Annual administration report of the Civil Veterinary Department of India - 1899-1900
Year: 1899
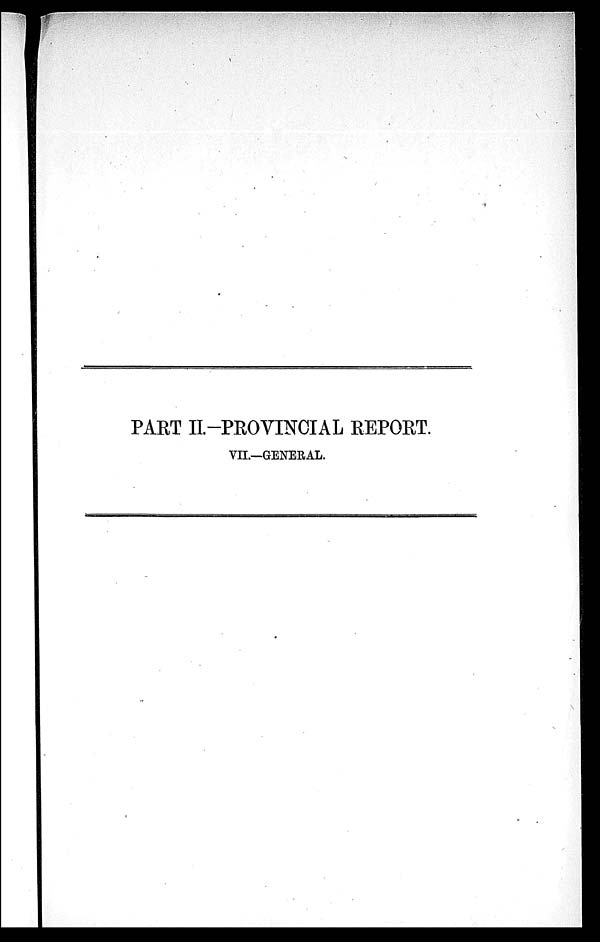
PART II.-PROVINCIAL REPORT.
VII.—GENERAL.